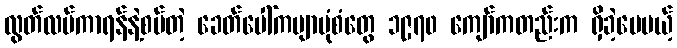
လွတ်လပ်ကာရန်နဲ့စပ်တဲ့ ခေတ်ပေါ်ကဗျာပုံစံတွေ ၁၉၇၀ ကျော်ကတည်းက ရှိခဲ့ပေမယ့်